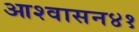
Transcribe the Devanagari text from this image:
आश्वासन४१